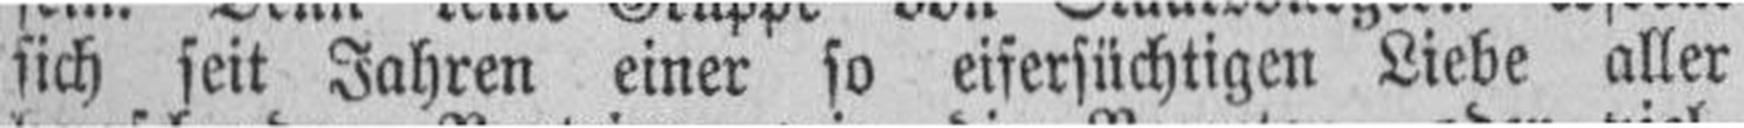
sich seit Jahren einer so eifersüchtigen Liebe aller